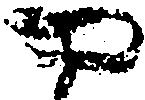
や